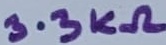
Text: 3.3KΩ